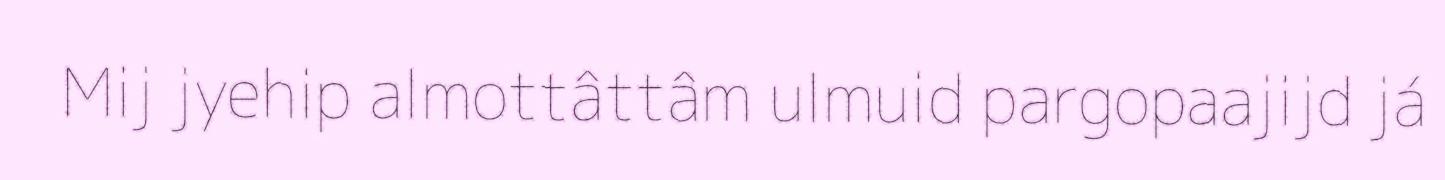
Mij jyehip almottâttâm ulmuid pargopaajijd já